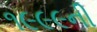
૧૯૯૯ની